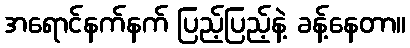
အရောင်နက်နက် ပြည့်ပြည့်နဲ့ ခန့်နေတာ။